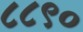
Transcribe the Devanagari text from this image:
८८९०